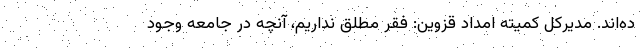
ده‌اند. مدیرکل کمیته امداد قزوین: فقر مطلق نداریم، آنچه در جامعه وجود